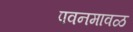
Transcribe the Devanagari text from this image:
पवनमावळ